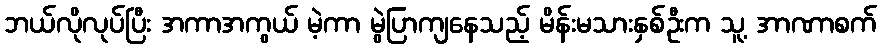
ဘယ်လိုလုပ်ပြီး အကာအကွယ် မဲ့ကာ မွဲပြာကျနေသည့် မိန်းမသားနှစ်ဦးက သူ့ အာဏာစက်